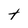
Character: t